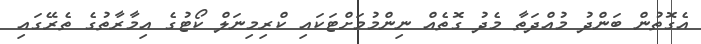
އެގޮތުން ބަންދު މުއްދަތާ މެދު ގޮތެއް ނިންމުމަށްޓަކައި ކްރިމިނަލް ކޯޓުގެ އިމާރާތުގެ ތެރޭގައި